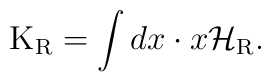
{\rm K}_{\rm R} =  \int dx \cdot x {\cal H}_{\rm R} .